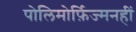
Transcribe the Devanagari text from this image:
पोलिमोर्फ़िज्मनहीं